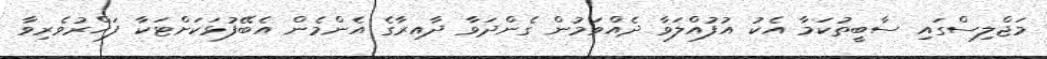
މަޖްލިސްގައި ސާބީތުކަމާ އެކު އުފުއްލަވާ ދެއްވަމުން ގެންދަވާ ދާއިރާގެ އެންމެން އެބޭފުޅަކަށްޓަކާ ފަޚްރުވެރިވާ